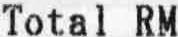
TOTAL RM